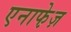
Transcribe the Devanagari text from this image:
एनाफे़ज़